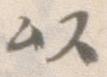
以